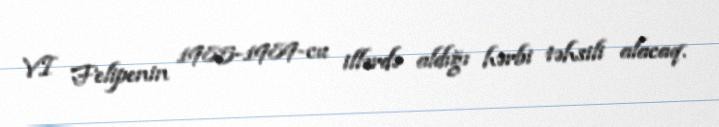
VI Felipenin 1985-1989-cu illərdə aldığı hərbi təhsili alacaq.